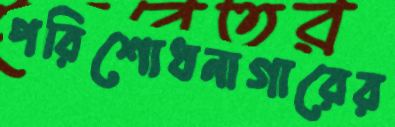
পরিশোধনাগারের